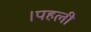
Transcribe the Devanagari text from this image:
।पहली